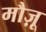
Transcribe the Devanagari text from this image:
मौज़ू